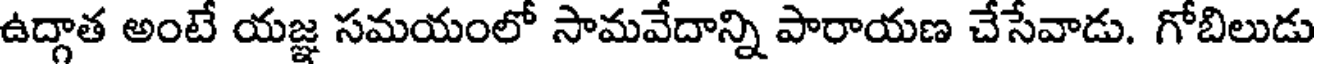
ఉద్గాత అంటే యజ్ఞ సమయంలో సామవేదాన్ని పారాయణ చేసేవాడు. గోబిలుడు